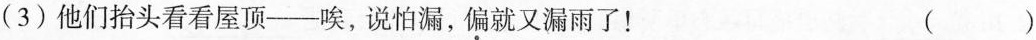
(3)他们抬头看看屋顶——唉，说怕漏，偏就又漏雨了！ ()